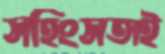
সহিংসতাই